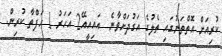
ކުރިއަށް އޮތްތަނުގައި ތެލުގެ އަގުދަށްވާނެ  އައިއީއޭ2 އަހަރު 1 ހަފްތާ ކުރިން.